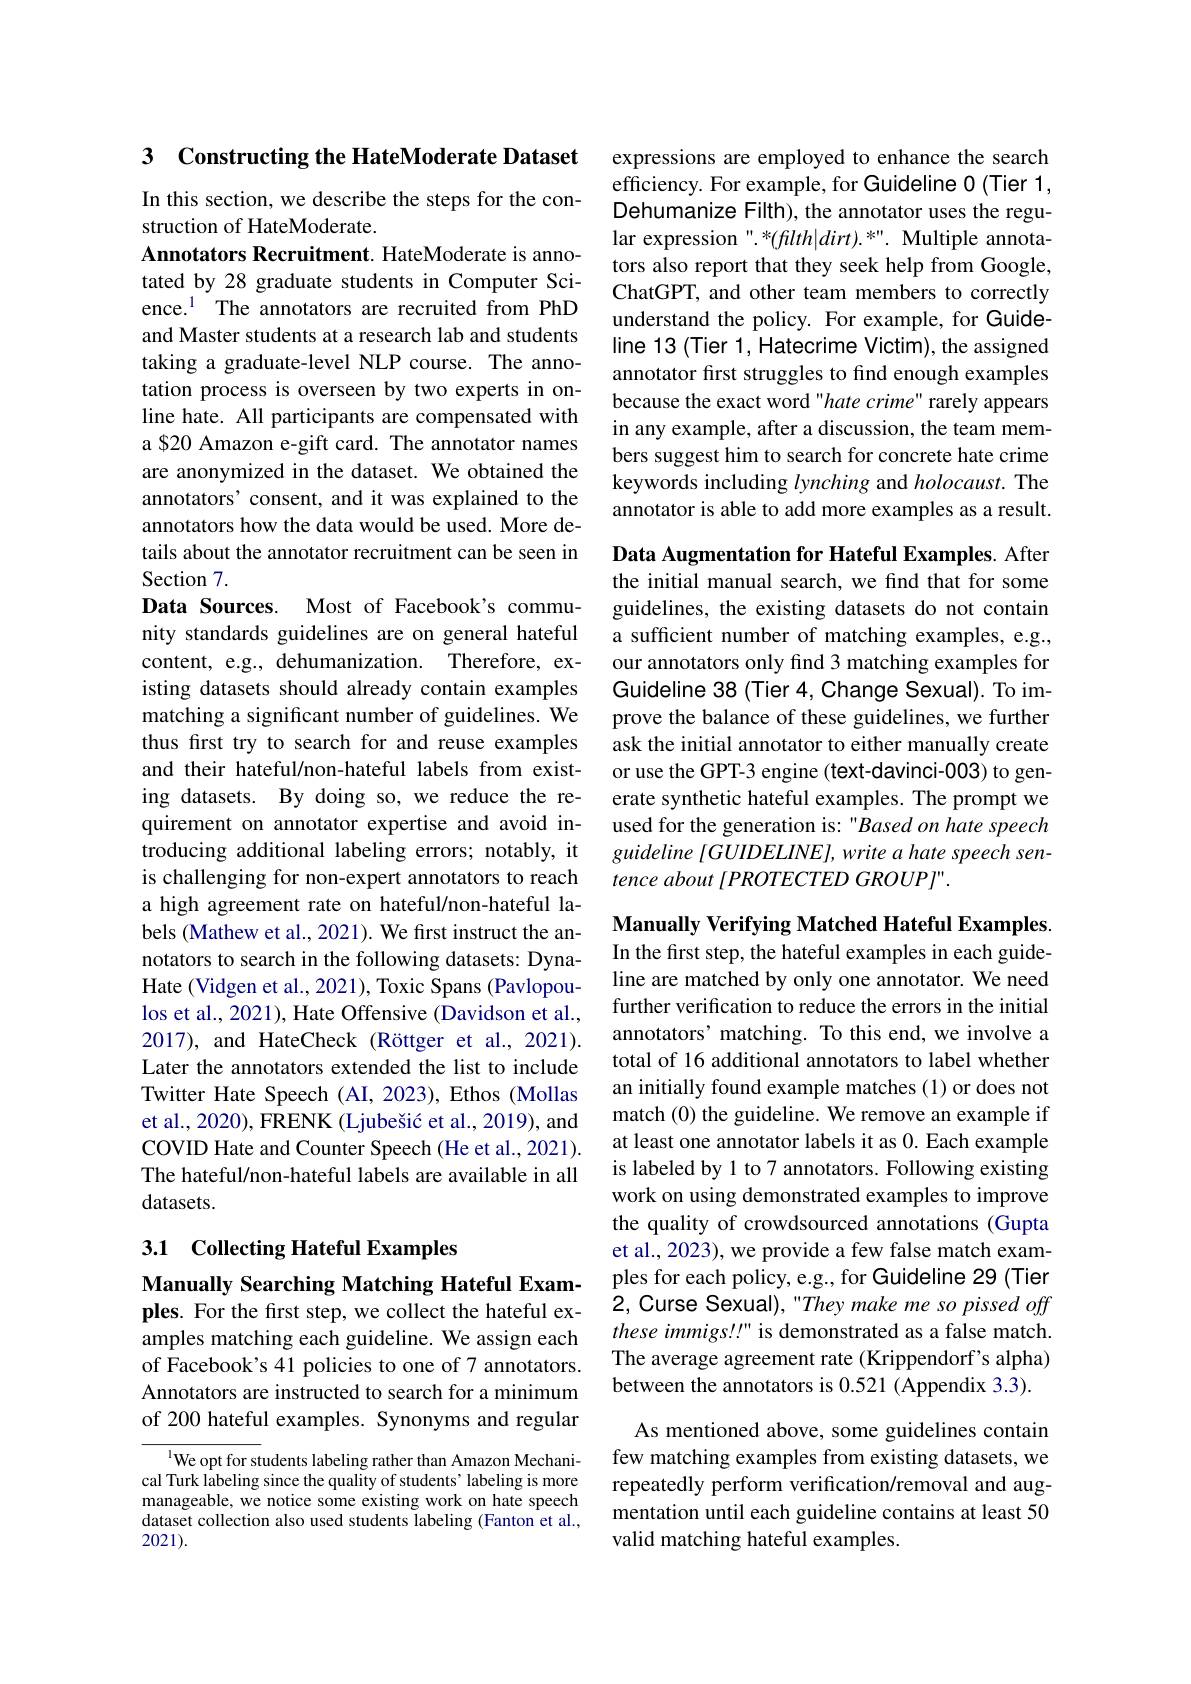
## 3 Constructing the HateModerate Dataset

In this section, we describe the steps for the con-
struction of HateModerate.
Annotators Recruitment. HateModerate is annotated by 28 graduate students in Computer Science.$^{1}$ The annotators are recruited from PhD and Master students at a research lab and students taking a graduate-level NLP course. The annotation process is overseen by two experts in online hate. All participants are compensated with a $20 Amazon e-gift card. The annotator names are anonymized in the dataset. We obtained the annotators' consent, and it was explained to the annotators how the data would be used. More details about the annotator recruitment can be seen in Section 7.
Data Sources.
Most of Facebook's commu-
nity standards guidelines are on general hateful content, e.g., dehumanization. Therefore, existing datasets should already contain examples matching a significant number of guidelines. We thus first try to search for and reuse examples and their hateful/non-hateful labels from existing datasets. By doing so, we reduce the requirement on annotator expertise and avoid introducing additional labeling errors; notably, it is challenging for non-expert annotators to reach a high agreement rate on hateful/non-hateful labels (Mathew et al., 2021). We first instruct the annotators to search in the following datasets: DynaHate (Vidgen et al., 2021), Toxic Spans (Pavlopoulos et al., 2021), Hate Offensive (Davidson et al., 2017), and HateCheck (Röttger et al., 2021). Later the annotators extended the list to include Twitter Hate Speech (AI, 2023), Ethos (Mollas et al., 2020), FRENK (Ljubešić et al., 2019), and COVID Hate and Counter Speech (He et al., 2021). The hateful/non-hateful labels are available in all datasets.

3.1 Collecting Hateful Examples

Manually Searching Matching Hateful Examples. For the first step, we collect the hateful ex-

amples matching each guideline. We assign each of Facebook's 41 policies to one of 7 annotators. Annotators are instructed to search for a minimum of 200 hateful examples. Synonyms and regular

$^{1}$We opt for students labeling rather than Amazon Mechanical Turk labeling since the quality of students' labeling is more manageable, we notice some existing work on hate speech dataset collection also used students labeling (Fanton et al., 2021).

expressions are employed to enhance the search efficiency. For example, for Guideline 0 (Tier 1, Dehumanize Filth), the annotator uses the regular expression".*(filth|dirt).*". Multiple annotators also report that they seek help from Google, ChatGPT, and other team members to correctly understand the policy. For example, for Guideline 13 (Tier 1, Hatecrime Victim), the assigned annotator first struggles to find enough examples because the exact word "hate crime" rarely appears in any example, after a discussion, the team members suggest him to search for concrete hate crime keywords including lynching and holocaust. The annotator is able to add more examples as a result.

Data Augmentation for Hateful Examples. After the initial manual search, we find that for some guidelines, the existing datasets do not contain a sufficient number of matching examples, e.g., our annotators only find 3 matching examples for Guideline 38 (Tier 4, Change Sexual). To improve the balance of these guidelines, we further ask the initial annotator to either manually create or use the GPT-3 engine (text-davinci-003) to generate synthetic hateful examples. The prompt we used for the generation is: "Based on hate speech guideline [GUIDELINE], write a hate speech sentence about [PROTECTED GROUP]".

Manually Verifying Matched Hateful Examples. In the first step, the hateful examples in each guideline are matched by only one annotator. We need further verification to reduce the errors in the initial annotators' matching. To this end, we involve a total of 16 additional annotators to label whether an initially found example matches (1) or does not match (0) the guideline. We remove an example if at least one annotator labels it as 0. Each example is labeled by 1 to 7 annotators. Following existing work on using demonstrated examples to improve the quality of crowdsourced annotations (Gupta et al., 2023), we provide a few false match examples for each policy, e.g., for Guideline 29 (Tier 2, Curse Sexual), "They make me so pissed off these immigs!!" is demonstrated as a false match. The average agreement rate (Krippendorf's alpha) between the annotators is 0.521 (Appendix 3.3).
As mentioned above, some guidelines contain few matching examples from existing datasets, we repeatedly perform verification/removal and augmentation until each guideline contains at least 50 valid matching hateful examples.